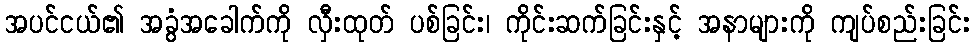
အပင်ငယ်၏ အခွံအခေါက်ကို လှီးထုတ် ပစ်ခြင်း၊ ကိုင်းဆက်ခြင်းနှင့် အနာများကို ကျပ်စည်းခြင်း